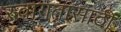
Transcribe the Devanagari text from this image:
स्वागतासाठीं